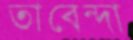
তাবেন্দা